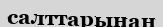
салттарынан